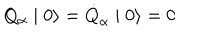
Q _ { \alpha } \mid 0 \rangle = \dot { Q } _ { \alpha } \mid 0 \rangle = 0